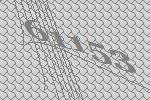
61153